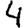
Digit: 4